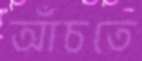
আঁচতে